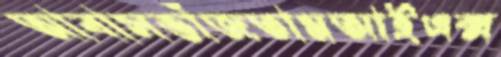
আবাসভাঁজতামআইএক্স